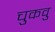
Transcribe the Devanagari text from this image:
चुकवु